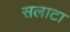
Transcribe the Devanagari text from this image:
सलाटा